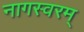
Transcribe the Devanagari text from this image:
नागस्वरम्‌